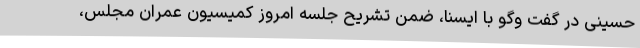
حسینی در گفت وگو با ایسنا، ضمن تشریح جلسه امروز کمیسیون عمران مجلس،